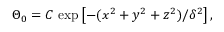
\Theta _ { 0 } = C \, \exp \left[ - ( x ^ { 2 } + y ^ { 2 } + z ^ { 2 } ) / \delta ^ { 2 } \right] ,